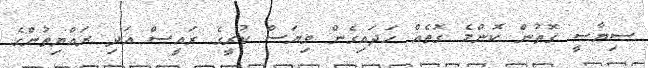
ސިޔާސީ ގޮތުން ކޮންމެ ގޮތެއް ހަދައިގެން ވިޔަސް ކުރީގެ ރައީސް އަދި ރައްޔިތުންގެ